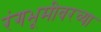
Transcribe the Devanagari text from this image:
रंगभूमीवरच्या